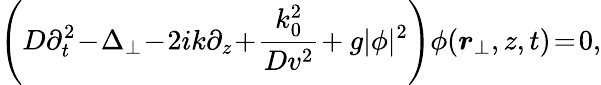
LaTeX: \left(D\partial_{t}^{2}\! -\! \Delta_{\perp}\! -\! 2ik\partial_{z}\! +\! \frac{k_{0}^{2}}{Dv^{2}}\! +g|\phi|^{2}\right)\phi({\boldsymbol{r}}_{\perp},z,t)\! =\! 0,